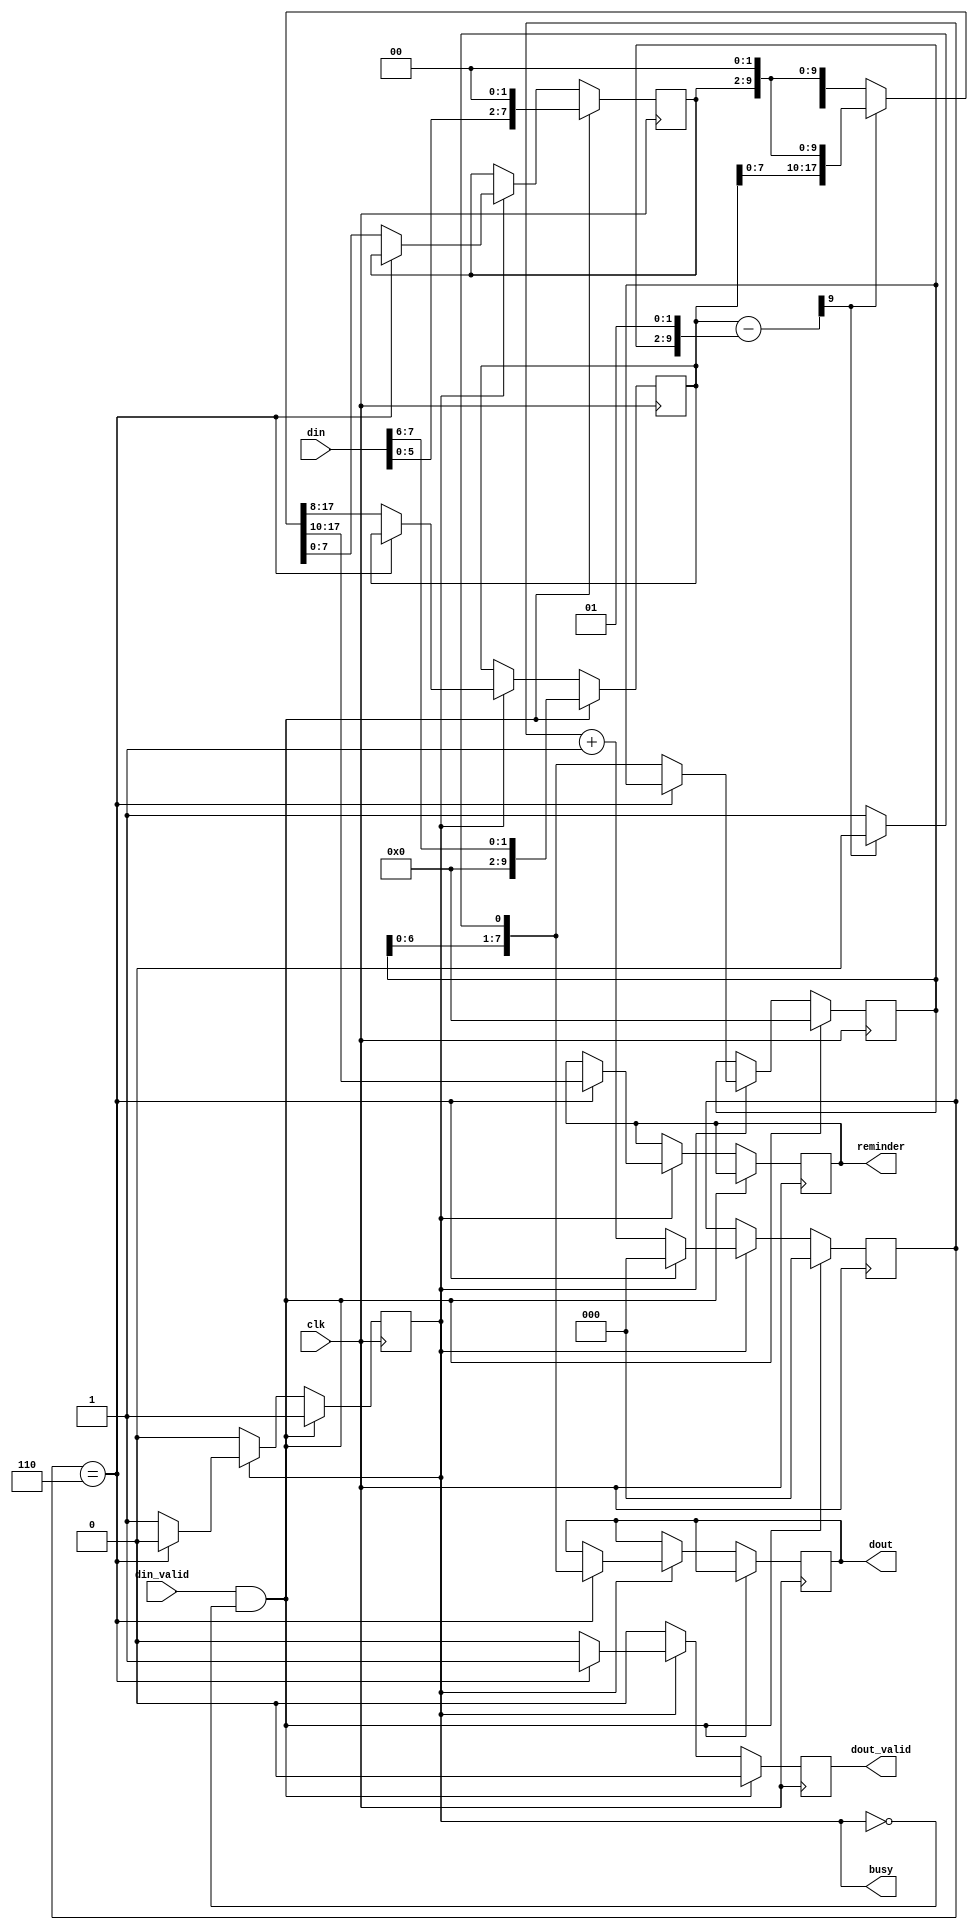
`default_nettype none

/*
*   Based in https://github.com/projf/projf-explore/blob/main/lib/maths/sqrt.sv
*   It takes (DIN_WIDTH+DIN_POINT)/2 cycles to have a valid output
*/

module iterative_sqrt #(
    parameter DIN_WIDTH = 8,
    parameter DIN_POINT = 6
) (
    input wire clk,
    output wire busy,
    input wire din_valid,
    input wire [DIN_WIDTH-1:0] din,
    output wire [DIN_WIDTH-1:0] dout,
    output wire [DIN_WIDTH-1:0] reminder,
    output wire dout_valid
);

generate 

if(DIN_POINT==0)begin
    localparam ITERS = DIN_WIDTH/2;
    reg [$clog2(ITERS)-1:0] iter_count=0;


    reg [DIN_WIDTH-1:0] x=0, x_next=0;      //din_value
    reg [DIN_WIDTH-1:0] quot=0, quot_next=0;//quotient
    reg [DIN_WIDTH+1:0] acc=0, acc_next=0;  //accumulator
    reg [DIN_WIDTH+1:0] res=0;              //preliminal results 


    always@(*)begin
        res = acc - {quot, 2'b01};
        if(~res[DIN_WIDTH+1])begin
            {acc_next, x_next} = {res[DIN_WIDTH-1:0], x, 2'b0};
            quot_next = {quot[DIN_WIDTH-2:0], 1'b1};
        end
        else begin
            {acc_next, x_next} = {acc[DIN_WIDTH-1:0],x,2'b0};
            quot_next = quot<<1;
        end
    end


    reg busy_r=0, dout_valid_r=0;
    reg [DIN_WIDTH-1:0] dout_r=0, reminder_r=0;

    assign busy = busy_r;
    assign dout_valid = dout_valid_r;
    assign dout = dout_r;
    assign reminder = reminder_r;

    always@(posedge clk)begin
        if(din_valid & ~busy_r)begin
            busy_r <=1;
            dout_valid_r <=0;
            iter_count <=0;
            quot <=0;
            {acc, x} <= {{DIN_WIDTH{1'b0}}, din, 2'b0};
        end
        else if(busy_r)begin
            if(iter_count == (ITERS-1))begin
                iter_count <=0;
                busy_r <=0;
                dout_valid_r <=1;
                dout_r <= quot_next;
                reminder_r <= acc_next[DIN_WIDTH+1:2]; //undo the previous shift
            end
            else begin
                dout_valid_r <=0;
                iter_count <= iter_count+1;
                x <= x_next;
                acc <= acc_next;
                quot <= quot_next;
            end
        end
        else begin
            busy_r <=0;
            dout_valid_r <=0;
        end 
    end

end
else begin
    localparam ITERS = (DIN_WIDTH+DIN_POINT)/2;
    reg [$clog2(ITERS)-1:0] iter_count=0;


    reg [DIN_WIDTH-1:0] x=0, x_next=0;      //din_value
    reg [DIN_WIDTH-1:0] quot=0, quot_next=0;//quotient
    reg [DIN_WIDTH+1:0] acc=0, acc_next=0;  //accumulator
    reg [DIN_WIDTH+1:0] res=0;              //preliminal results 


    always@(*)begin
        res = acc - {quot, 2'b01};
        if(~res[DIN_WIDTH+1])begin
            {acc_next, x_next} = {res[DIN_WIDTH-1:0], x, 2'b0};
            quot_next = {quot[DIN_WIDTH-2:0], 1'b1};
        end
        else begin
            {acc_next, x_next} = {acc[DIN_WIDTH-1:0],x,2'b0};
            quot_next = quot<<1;
        end
    end


    reg busy_r=0, dout_valid_r=0;
    reg [DIN_WIDTH-1:0] dout_r=0, reminder_r=0;

    assign busy = busy_r;
    assign dout_valid = dout_valid_r;
    assign dout = dout_r;
    assign reminder = reminder_r;

    always@(posedge clk)begin
        if(din_valid & ~busy_r)begin
            busy_r <=1;
            dout_valid_r <=0;
            iter_count <=0;
            quot <=0;
            {acc, x} <= {{DIN_WIDTH{1'b0}}, din, 2'b0};
        end
        else if(busy_r)begin
            if(iter_count == (ITERS-1))begin
                iter_count <=0;
                busy_r <=0;
                dout_valid_r <=1;
                dout_r <= quot_next;
                reminder_r <= acc_next[DIN_WIDTH+1:2]; //undo the previous shift
            end
            else begin
                dout_valid_r <=0;
                iter_count <= iter_count+1;
                x <= x_next;
                acc <= acc_next;
                quot <= quot_next;
            end
        end
        else begin
            busy_r <=0;
            dout_valid_r <=0;
        end 
    end
end

endgenerate


endmodule